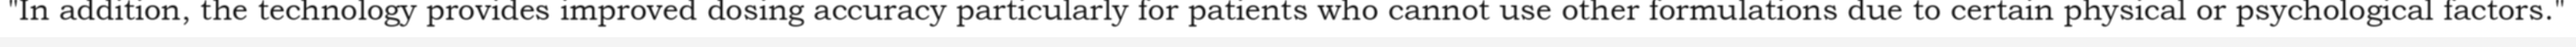
"In addition, the technology provides improved dosing accuracy particularly for patients who cannot use other formulations due to certain physical or psychological factors."